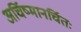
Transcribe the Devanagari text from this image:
अर्चिष्मानर्चितः